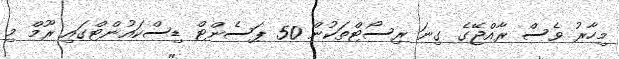
މިހާރު ވެސް ރާއްޖޭގެ ގިނަ ރިސޯޓްތަކުން 50 ޕަސެންޓް ޑިސްކައުންޓްގައި ރޫމް މި